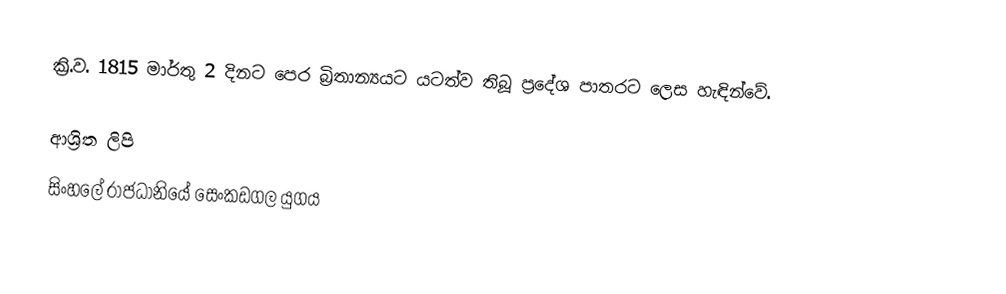
ක්‍රි.ව. 1815 මාර්තු 2 දිනට පෙර බ්‍රිතාන්‍යයට යටත්ව තිබූ ප්‍රදේශ  පාතරට ලෙස හැඳින්වේ.

ආශ්‍රිත ලිපි
 සිංහලේ රාජධානියේ සෙංකඩගල යුගය